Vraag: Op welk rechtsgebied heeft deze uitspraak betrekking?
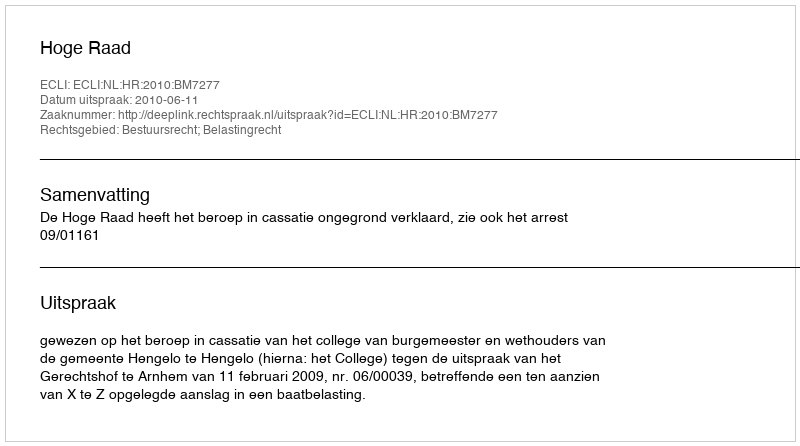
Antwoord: Bestuursrecht; Belastingrecht